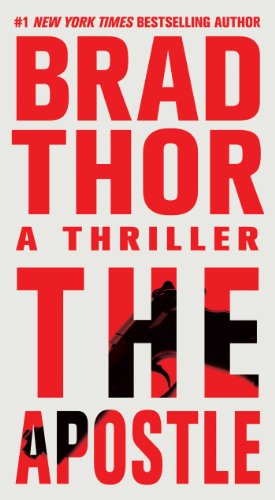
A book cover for The Apostle: A Thriller (The Scot Harvath Series); Brad Thor; Literature & Fiction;